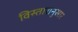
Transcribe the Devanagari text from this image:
विस्तारानुसार